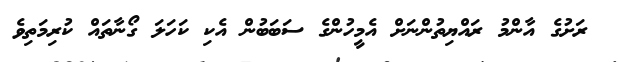
ރަށުގެ އާންމު ރައްޔިތުންނަށް އެމީހުންގެ ސަބަބުން އެކި ކަހަލަ ގޯނާތައް ކުރިމަތިވެ